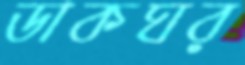
ডাকঘর